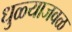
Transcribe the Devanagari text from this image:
धुळ्याजवळ